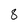
Character: 8